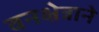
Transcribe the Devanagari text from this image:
वनक्षेत्राने